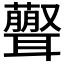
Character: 𦘃